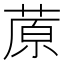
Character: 蒝